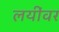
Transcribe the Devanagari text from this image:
लयींवर